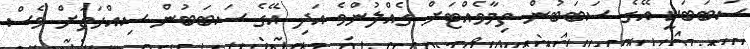
ސަބަބަކީ އޭގެ ސަބަބުން ތިމާވެއްޓަށް ގެއްލުންވެ އަދި އޭގެ ސަބަބުން ސިއްހަތަށް ވެސް